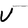
Character: W